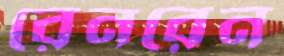
রেনরেন